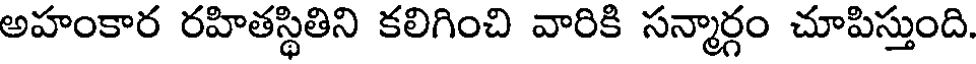
అహంకార రహితస్థితిని కలిగించి వారికి సన్మార్గం చూపిస్తుంది.